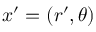
x ^ { \prime } = ( r ^ { \prime } , \theta )